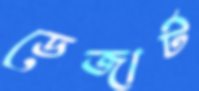
ডেজার্ট